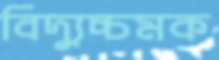
বিদ্যুচ্চমক